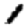
Digit: 1